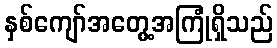
နှစ်ကျော်အတွေ့အကြုံရှိသည်